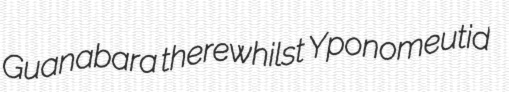
Guanabara therewhilst Yponomeutid